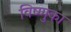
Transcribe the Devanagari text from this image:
विष्णुका